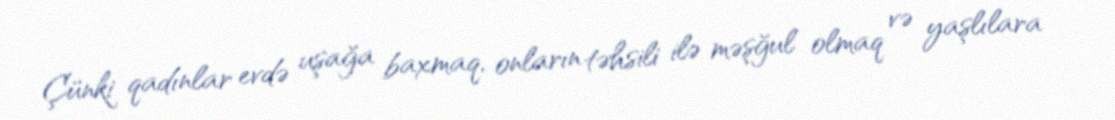
Çünki qadınlar evdə uşağa baxmaq, onların təhsili ilə məşğul olmaq və yaşlılara